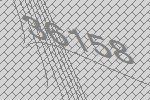
36158